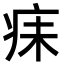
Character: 𪽬